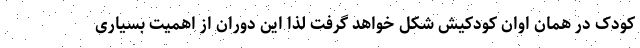
کودک در همان اوان کودکیش شکل خواهد گرفت لذا این دوران از اهمیت بسیاری